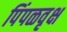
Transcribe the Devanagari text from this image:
पिंपळवृक्ष